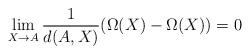
LaTeX: \begin{align*} \lim_{X\to A}\frac{1}{d(A,X)}(\Omega(X)-\Omega(X))=0 \end{align*}